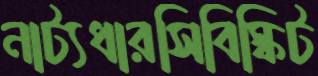
নাট্যধারসিবিস্কিট